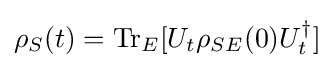
\rho _{S}(t)=\mathrm {Tr} _{E}[U_{t}\rho _{SE}(0)U_{t}^{\dagger }]